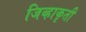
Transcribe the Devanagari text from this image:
जिव्हाकृती